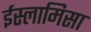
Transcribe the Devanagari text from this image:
ईस्लामिसा